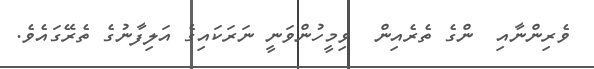
ވެރިންނާއި  ންގެ ތެރެއިން  ވިމީހުންވަނީ ނަރަކައިގެ އަލިފާނުގެ ތެރޭގައެވެ.